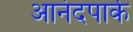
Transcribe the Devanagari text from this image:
आनंदपार्क